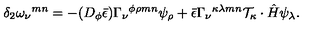
\delta _ { 2 } \omega _ { \nu } { } ^ { m n } = - ( D _ { \phi } \bar { \epsilon } ) \Gamma _ { \nu } { } ^ { \phi \rho m n } \psi _ { \rho } + \bar { \epsilon } \Gamma _ { \nu } { } ^ { \kappa \lambda m n } { \cal T } _ { \kappa } \cdot \hat { H } \psi _ { \lambda } .